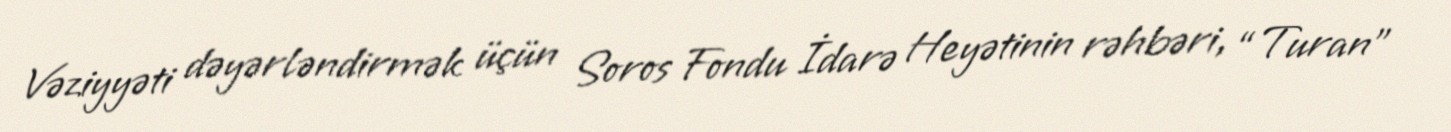
Vəziyyəti dəyərləndirmək üçün Soros Fondu İdarə Heyətinin rəhbəri, “Turan”